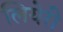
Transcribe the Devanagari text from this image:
लियेरी